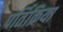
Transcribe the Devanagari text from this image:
पर्तिक्रिया